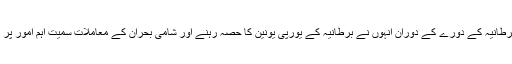
اس سے قبل برطانیہ کے دورے کے دوران انہوں نے برطانیہ کے یورپی یونین کا حصہ رہنے اور شامی بحران کے معاملات سمیت اہم امور پر بات چیت کی۔